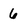
Character: 6